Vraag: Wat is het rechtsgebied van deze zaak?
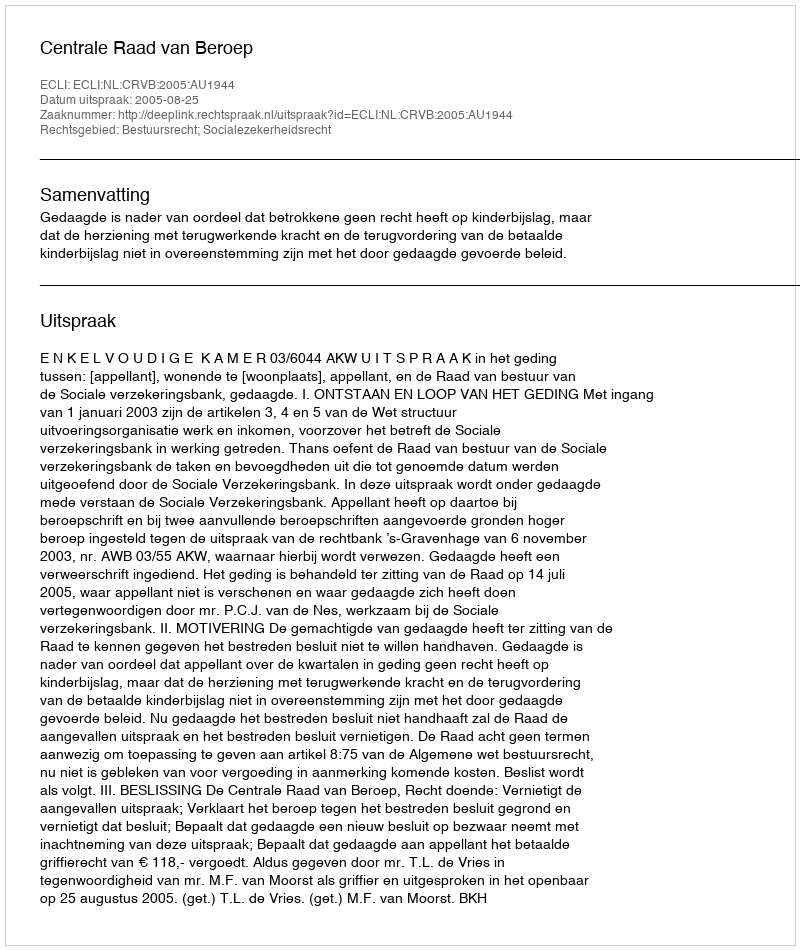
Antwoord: Bestuursrecht; Socialezekerheidsrecht